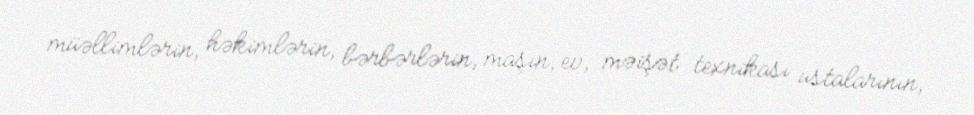
müəllimlərin, həkimlərin, bərbərlərin, maşın, ev, məişət texnikası ustalarının,